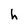
Character: h